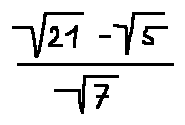
\frac { \sqrt { 2 1 } - \sqrt { 5 } } { \sqrt { 7 } }